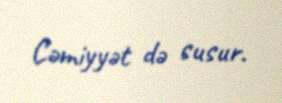
Cəmiyyət də susur.